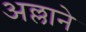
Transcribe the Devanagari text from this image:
अल्लाने